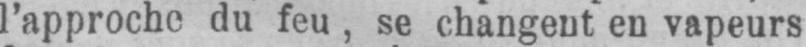
l’approche du feu, se changent en vapeurs